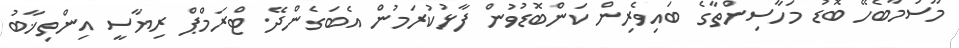
މޫސުމާބެހޭ ބޮޑު މަހާސިންތާގެ ބައިވެރިން ކަންބޮޑުވުން ފާޅުކުރަމުން އެބަގެންދޭ. ޓްރަމްޕް ރިޔާސީ އިންތިޚާބު